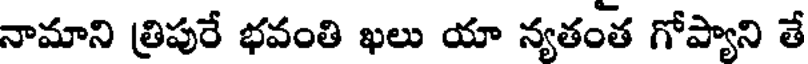
నామాని త్రిపురే భవంతి ఖలు యా న్యతంత గోప్యాని తే